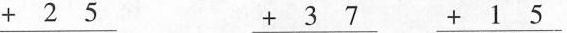
\underline{+25}\underline{+37}\underline{+15}